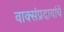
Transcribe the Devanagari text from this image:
वाक्संप्रदायांचे